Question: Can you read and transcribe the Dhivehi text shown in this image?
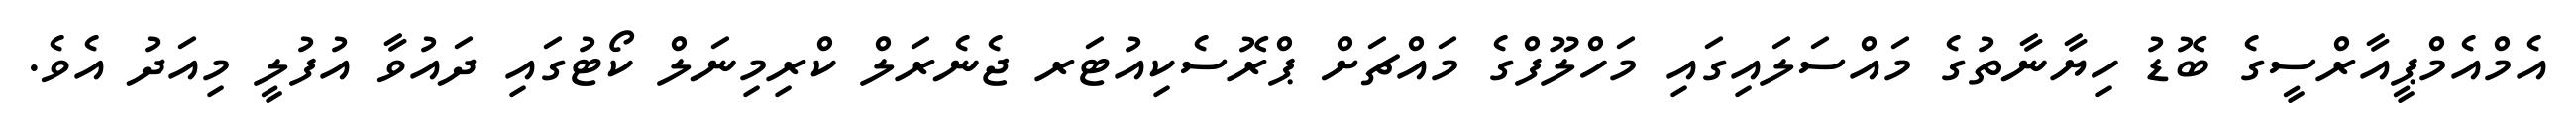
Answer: އެމްއެމްޕީއާރްސީގެ ބޮޑު ހިޔާނާތުގެ މައްސަލައިގައި މަހްލޫފްގެ މައްޗަށް ޕްރޮސެކިއުޓަރ ޖެނެރަލް ކްރިމިނަލް ކޯޓުގައި ދައުވާ އުފުލީ މިއަދު އެވެ.